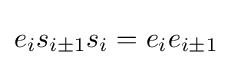
e_{i}s_{i\pm 1}s_{i}=e_{i}e_{i\pm 1}